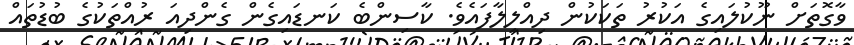
ވާގޮތަށް ނޫކުލައިގެ އަކުރު ތަކަކުން ދިއްލިލާފައެވެ. ކާސިންބެ ކަނޑައިގެން ގެންދިއަ ރުއްތަކުގެ ބުޑުތައް